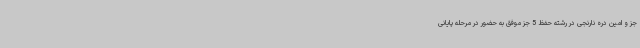
جز و امین دره نارنجی در رشته حفظ 5 جز موفق به حضور در مرحله پایانی